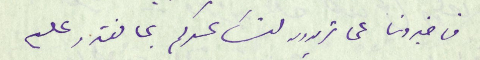
فاخبرونا عما تريدون لنساعدكم بما نقدر عليه